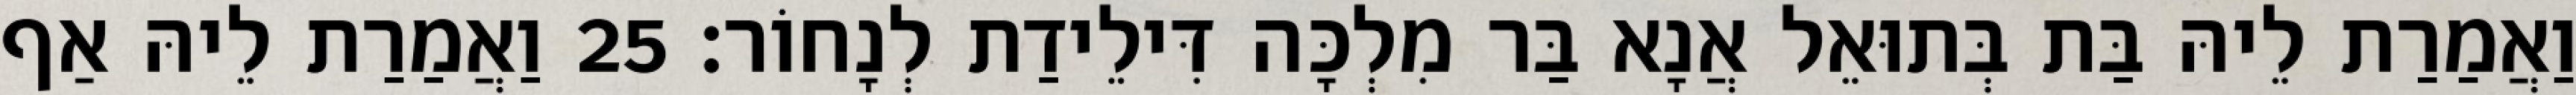
וַאֲמַרַת לֵיהּ בַּת בְּתוּאֵל אֲנָא בַּר מִלְכָּה דִּילֵידַת לְנָחוֹר׃ 25 וַאֲמַרַת לֵיהּ אַף